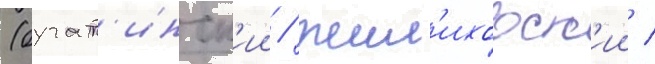
(бучат'инск'ии / жил'иховск'ии /